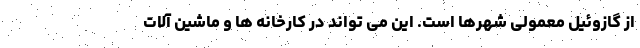
از گازوئیل معمولی شهرها است. این می تواند در کارخانه ها و ماشین آلات